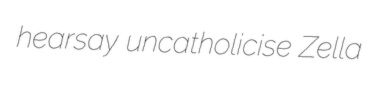
hearsay uncatholicise Zella